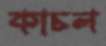
কাচল